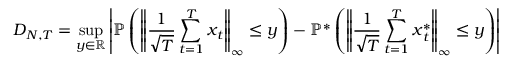
{ D _ { N , T } } = \operatorname* { s u p } _ { y \in \mathbb { R } } \left\lvert \mathbb { P } \left( \left\lVert \frac { 1 } { \sqrt { T } } \sum _ { t = 1 } ^ { T } \boldsymbol { x } _ { t } \right\rVert _ { \infty } \leq y \right) - \mathbb { P } ^ { * } \left( \left\lVert \frac { 1 } { \sqrt { T } } \sum _ { t = 1 } ^ { T } \boldsymbol { x } _ { t } ^ { * } \right\rVert _ { \infty } \leq y \right) \right\rvert